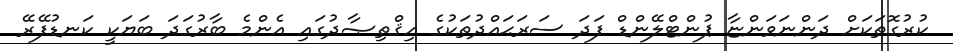
ކުރުގޮތަކަށް ދަންނަވަންޏާ ޕުންޓްލޭންޑް ފަދަ ސަރަޙައްދުތަކުގެ އިޤްތިޞާދުގައި އެންމެ ބާރުގަދަ ބަޔަކީ ކަނޑުފޭރޭ